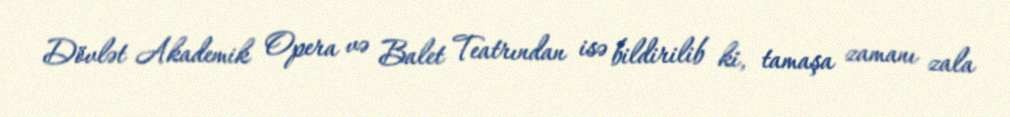
Dövlət Akademik Opera və Balet Teatrından isə bildirilib ki, tamaşa zamanı zala